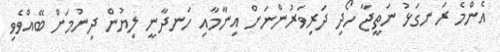
އެންމެ ރަނގަޅު ނަތީޖާ ހޯދި ދަރިވަރުންނަށް އިނާމާއި ހަނދާނީ ލިޔުން ދިނުމަށް ބޭއްވެވި